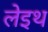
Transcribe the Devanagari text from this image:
लेइथ